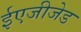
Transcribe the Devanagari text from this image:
ईएजीजेड